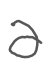
Text: a
Cross-out: clean
Writing tool: digital_gray